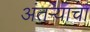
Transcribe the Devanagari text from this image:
अंतऱ्याचा